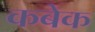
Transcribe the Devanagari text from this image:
कबेक